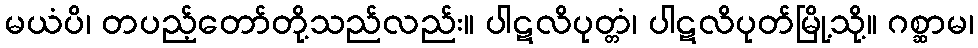
မယံပိ၊ တပည့်တော်တို့သည်လည်း။ ပါဋလိပုတ္တံ၊ ပါဋလိပုတ်မြို့သို့။ ဂစ္ဆာမ၊